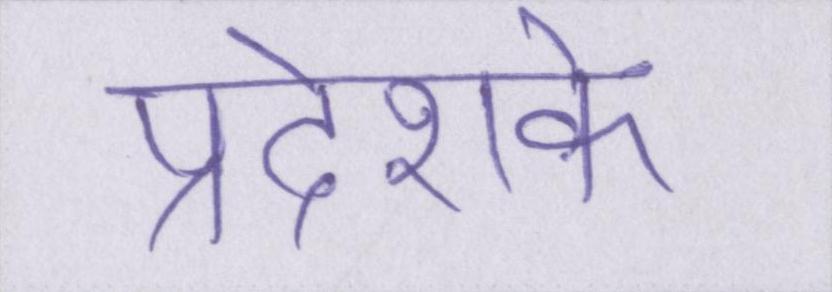
प्रदेशके